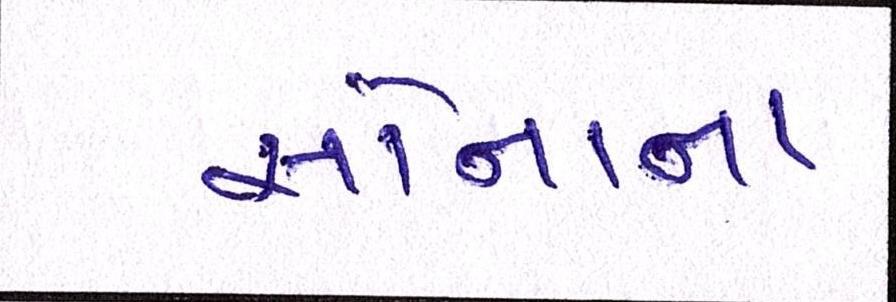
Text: સોનાના